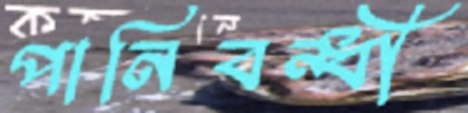
পানিবন্ধী